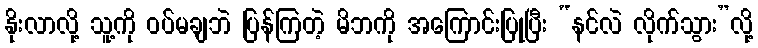
နိုးလာလို့ သူ့ကို ဝပ်မချဘဲ ပြန်ကြတဲ့ မိဘကို အကြောင်းပြုပြီး “နင်လဲ လိုက်သွား”လို့